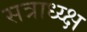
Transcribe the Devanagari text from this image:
सत्राध्य्क्ष